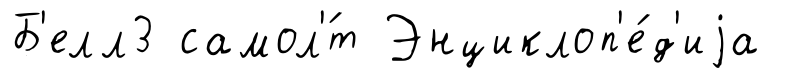
Б'елл3 самол'́т Энциклоп'е́д'иjа